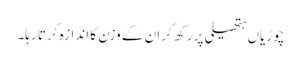
چوڑیاں ہتھیلی پر رکھ کر ان کے وزن کا اندازہ کرتا رہا۔